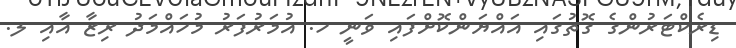
ޑިރެކްޓަރުންގެ ގޮތުގައި އައްޔަންކޮށްފައި ވަނީ ހ. އުމަރުފަރު މުހައްމަދު ރިޒާ އާއި ލ.